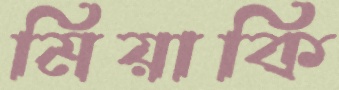
মিয়াকি